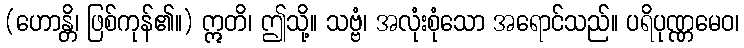
(ဟောန္တိ၊ ဖြစ်ကုန်၏။) ဣတိ၊ ဤသို့။ သဗ္ဗံ၊ အလုံးစုံသော အရောင်သည်။ ပရိပုဏ္ဏမေဝ၊